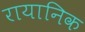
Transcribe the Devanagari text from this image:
रायानिक